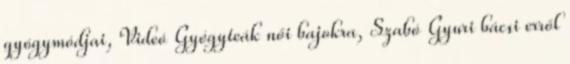
gyógymódjai, Videó Gyógyteák női bajokra, Szabó Gyuri bácsi erről